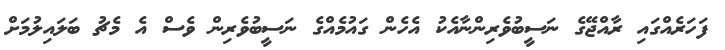
ފަހަރެއްގައި ރާއްޖޭގެ ނަސީބުވެރިންނާއެކު އެހެން ގައުމެއްގެ ނަސީބުވެރިން ވެސް އެ މެޗު ބަލައިލުމަށް